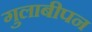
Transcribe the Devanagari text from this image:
गुलाबीपन